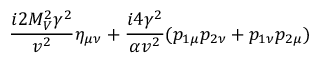
\frac { i 2 M _ { V } ^ { 2 } \gamma ^ { 2 } } { v ^ { 2 } } \eta _ { \mu \nu } + \frac { i 4 \gamma ^ { 2 } } { \alpha v ^ { 2 } } ( p _ { 1 \mu } p _ { 2 \nu } + p _ { 1 \nu } p _ { 2 \mu } )